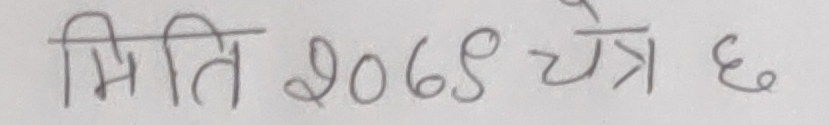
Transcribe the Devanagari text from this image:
मिति २०६९ चैत्र ६